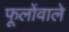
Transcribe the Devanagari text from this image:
फूलोंवाले